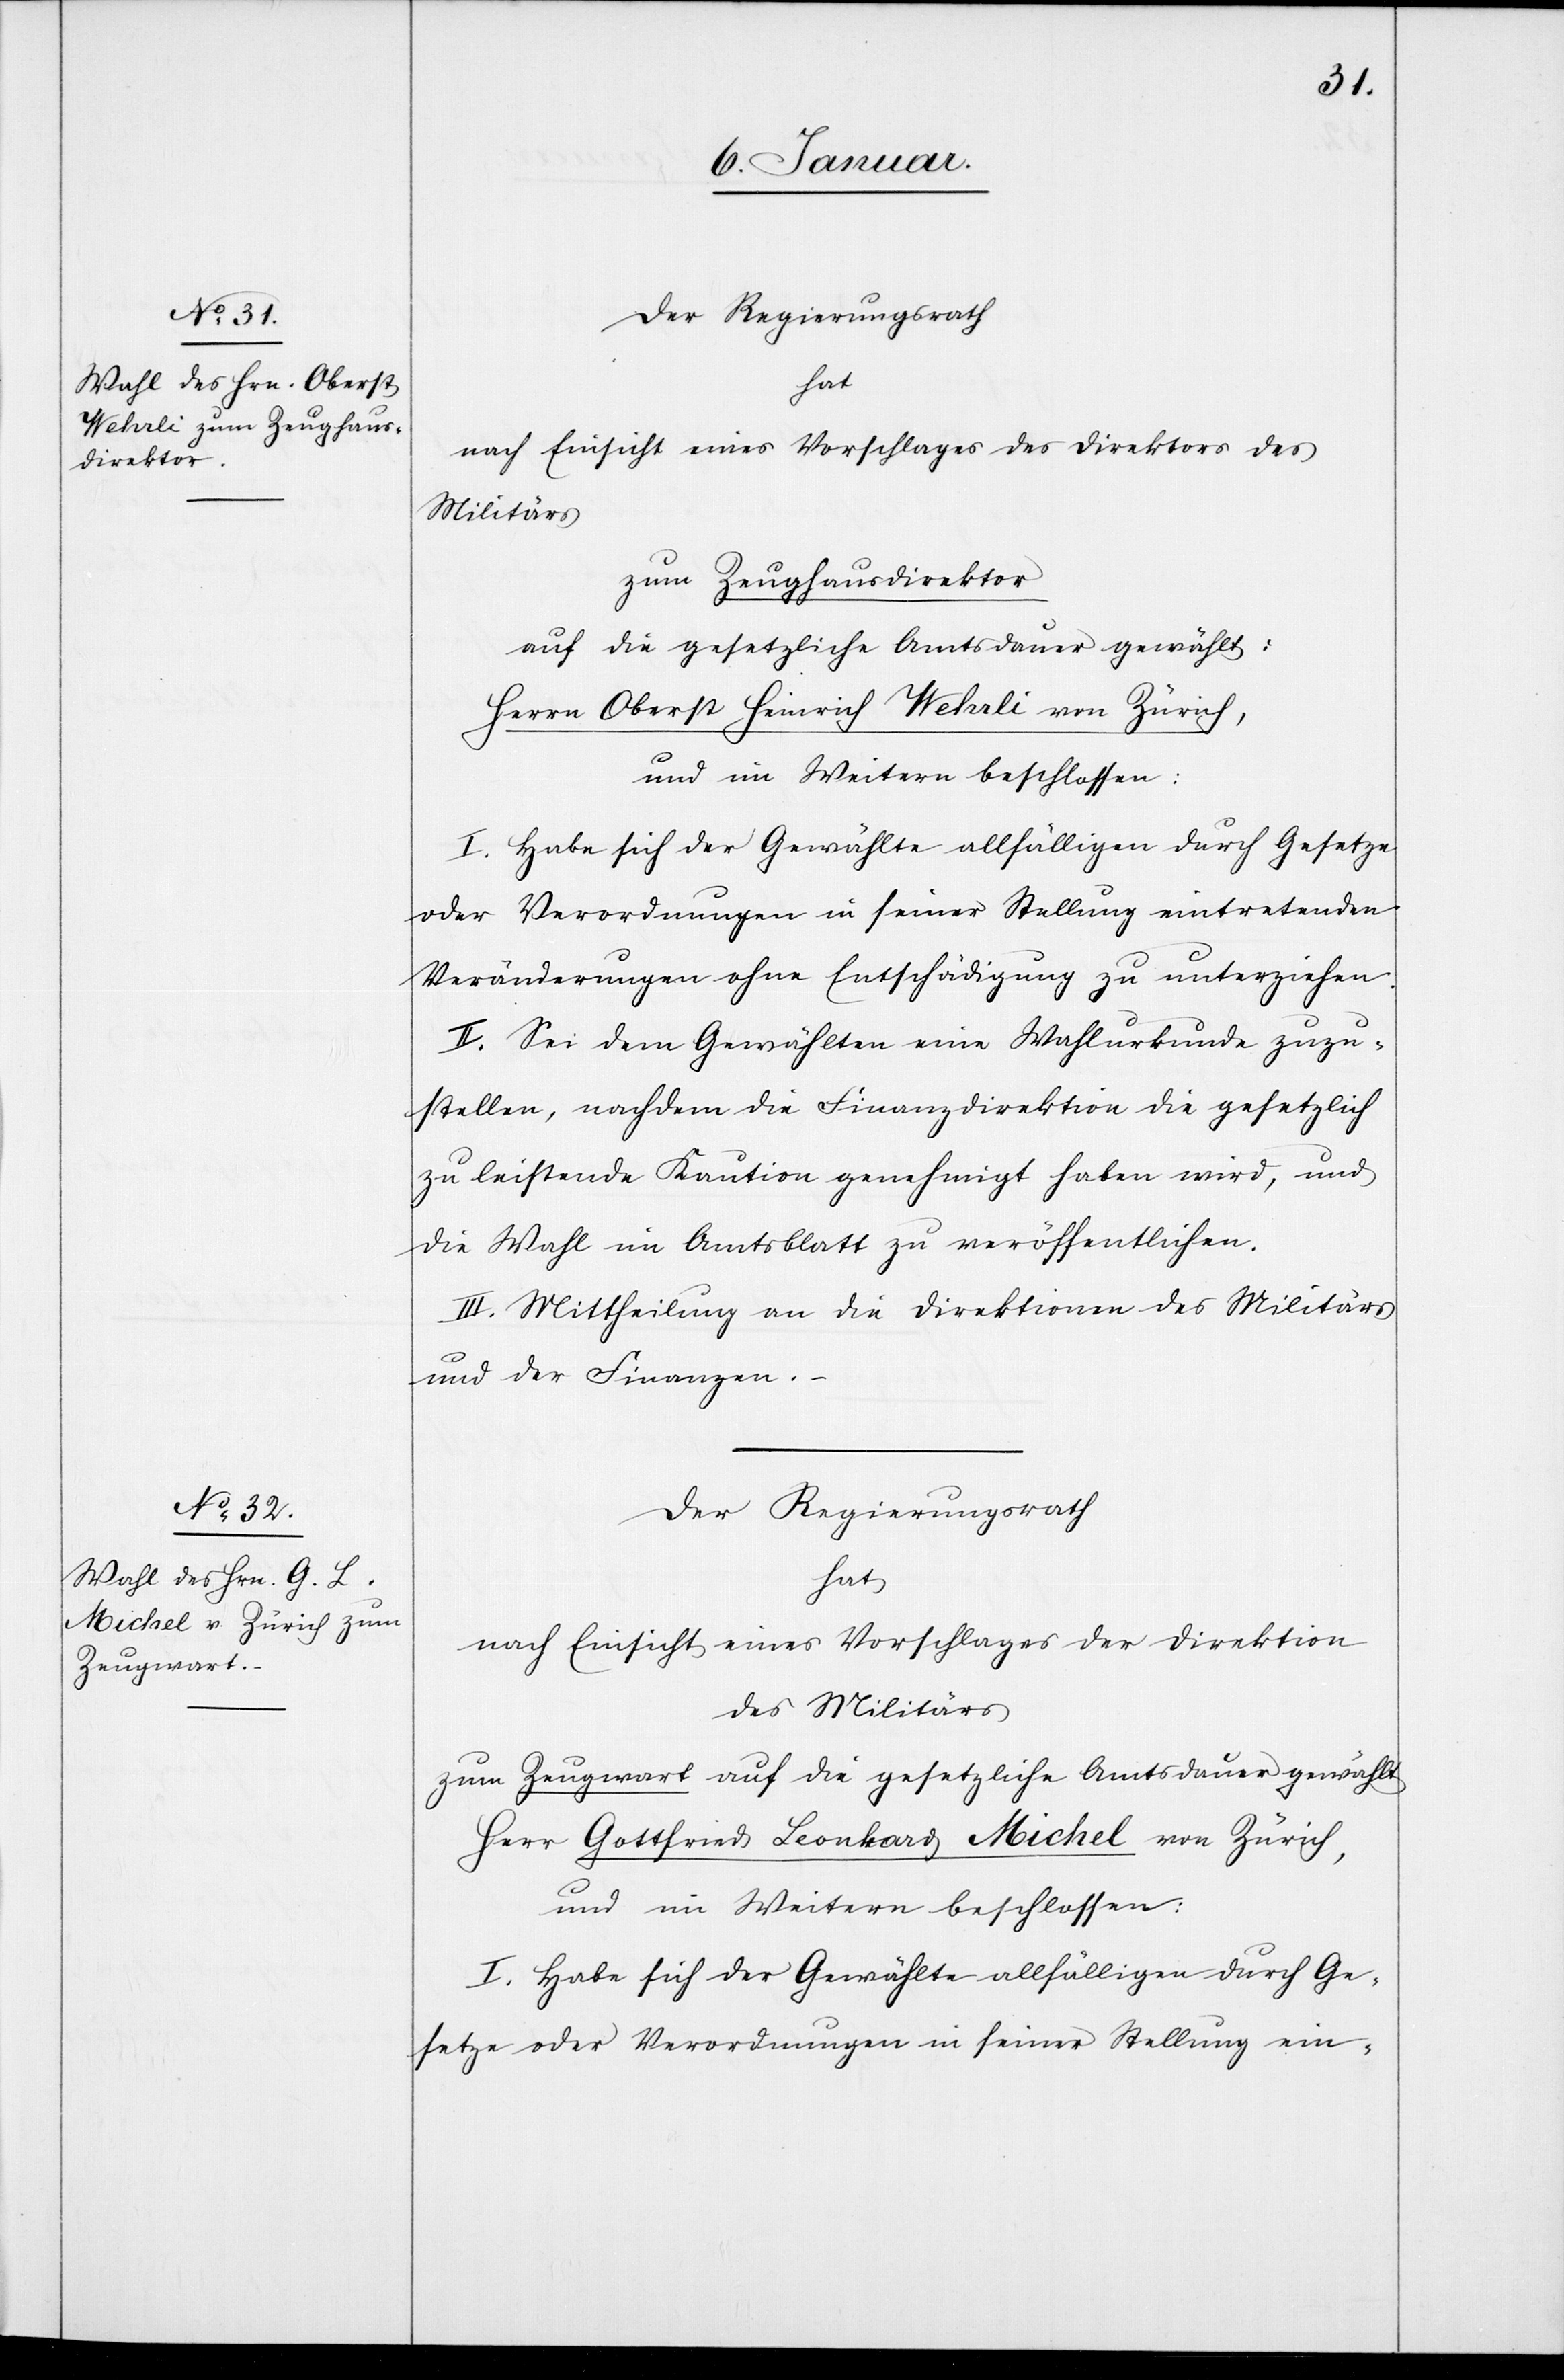
Der Regierungsrath
hat
nach Einsicht eines Vorschlages des Direktors des
Militärs
zum Zeughausdirektor
auf die gesetzliche Amtsdauer gewählt:
Herrn Oberst Heinrich Wehrli von Zürich,
und im Weitern beschlossen:
I. Habe sich der Gewählte allfälligen durch Gesetze
oder Verordnungen in seiner Stellung eintretenden
Veränderungen ohne Entschädigung zu unterziehen.
II. Sei dem Gewählten eine Wahlurkunde zuzu¬
stellen, nachdem die Finanzdirektion die gesetzlich
zu leistende Kaution genehmigt haben wird, und
die Wahl im Amtsblatt zu veröffentlichen.
III. Mittheilung an die Direktionen des Militärs
und der Finanzen.
Der Regierungsrath
hat
nach Einsicht eines Vorschlages der Direktion
des Militärs
zum Zeugwart auf die gesetzliche Amtsdauer gewählt
Herr Gottfried Leonhard Michel von Zürich,
und im Weitern beschlossen:
I. Habe sich der Gewählte allfälligen durch Ge¬
setze oder Verordnungen in seiner Stellung ein-